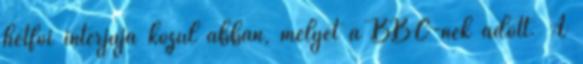
hétfői interjúja közül abban, melyet a BBC-nek adott. A